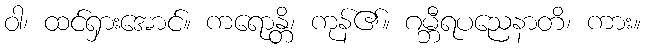
ဝါ၊ ထင်ရှားအောင်။ ကရောန္တိ၊ ကုန်၏။ ဂမ္ဘီရပညေနာတိ၊ ကား။